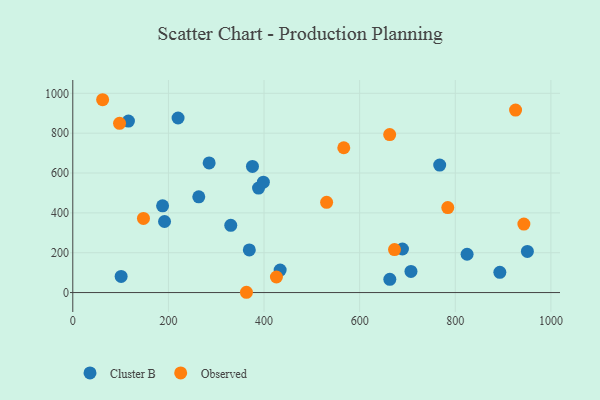
{"axis": {"x": "Ad Spend", "y": "Profit"}, "legend": ["Cluster B", "Observed"], "data": [{"x": "388.5", "y": 524.4, "type": "Cluster B"}, {"x": "116.4", "y": 860.8, "type": "Cluster B"}, {"x": "707.3", "y": 105.8, "type": "Cluster B"}, {"x": "689.5", "y": 218.7, "type": "Cluster B"}, {"x": "191.9", "y": 356.6, "type": "Cluster B"}, {"x": "263.5", "y": 480.4, "type": "Cluster B"}, {"x": "285.2", "y": 650.8, "type": "Cluster B"}, {"x": "433.7", "y": 112.8, "type": "Cluster B"}, {"x": "824.7", "y": 192.2, "type": "Cluster B"}, {"x": "398.6", "y": 553.8, "type": "Cluster B"}, {"x": "330.4", "y": 337.3, "type": "Cluster B"}, {"x": "369.2", "y": 214.2, "type": "Cluster B"}, {"x": "767.4", "y": 639.6, "type": "Cluster B"}, {"x": "375.8", "y": 632.8, "type": "Cluster B"}, {"x": "187.8", "y": 435.5, "type": "Cluster B"}, {"x": "101.1", "y": 80.7, "type": "Cluster B"}, {"x": "893.2", "y": 101.4, "type": "Cluster B"}, {"x": "220.2", "y": 876.1, "type": "Cluster B"}, {"x": "950.8", "y": 206.5, "type": "Cluster B"}, {"x": "663.1", "y": 66.3, "type": "Cluster B"}, {"x": "62.4", "y": 967.8, "type": "Observed"}, {"x": "425.9", "y": 78.1, "type": "Observed"}, {"x": "662.8", "y": 792.7, "type": "Observed"}, {"x": "784.3", "y": 426.4, "type": "Observed"}, {"x": "363.2", "y": 1.4, "type": "Observed"}, {"x": "672.9", "y": 215.7, "type": "Observed"}, {"x": "147.8", "y": 372.1, "type": "Observed"}, {"x": "926.1", "y": 915.9, "type": "Observed"}, {"x": "943.5", "y": 343.7, "type": "Observed"}, {"x": "566.8", "y": 726.8, "type": "Observed"}, {"x": "97.8", "y": 849.5, "type": "Observed"}, {"x": "530.9", "y": 452.8, "type": "Observed"}]}